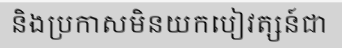
និងប្រកាសមិនយកបៀវត្សន៍ជា